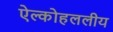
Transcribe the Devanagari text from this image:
ऐल्कोहललीय